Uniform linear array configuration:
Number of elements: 64
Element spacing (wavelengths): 0.75
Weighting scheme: binomial
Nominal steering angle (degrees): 0
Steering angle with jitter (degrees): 0.09044
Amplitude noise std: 0.05
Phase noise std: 0.05

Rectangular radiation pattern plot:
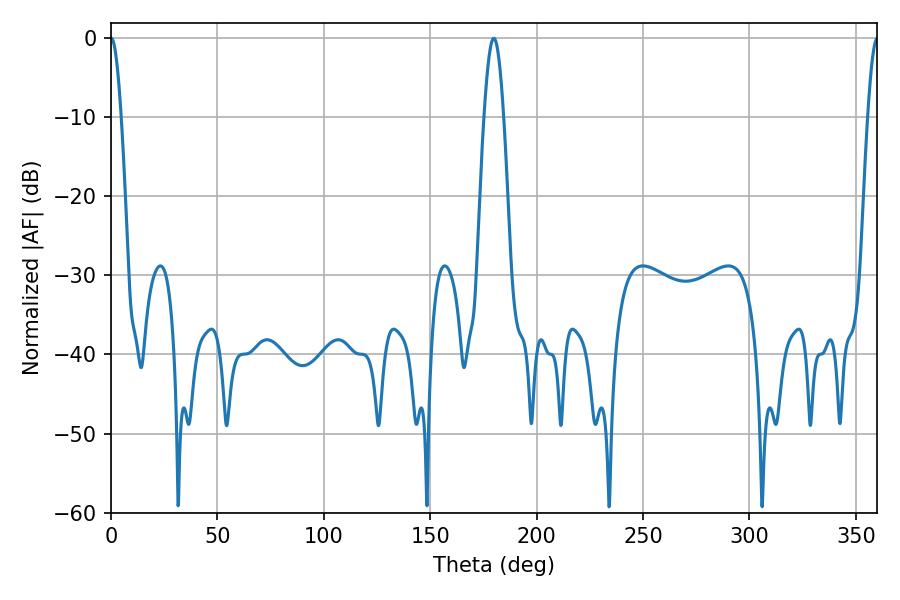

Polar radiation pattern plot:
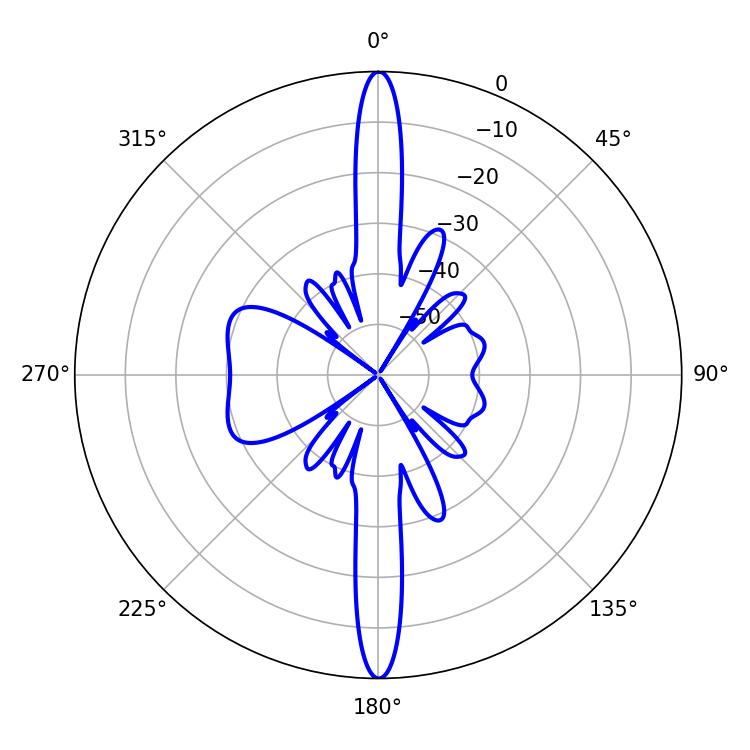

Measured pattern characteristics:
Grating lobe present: TRUE
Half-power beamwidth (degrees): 2.52
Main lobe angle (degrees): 0.18